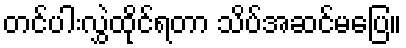
တင်ပါးလွှဲထိုင်ရတာ သိပ်အဆင်မပြေ။